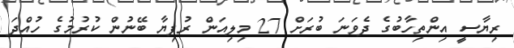
ރިޔާސީ އިންތިހާބުގެ ދެވަނަ ބުރަށް 27 މިލިއަން ރުފިޔާ ބޭނުން ކުރުމުގެ ހުއްދަ